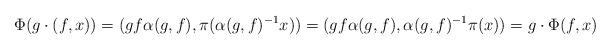
LaTeX: \begin{align*}\Phi(g \cdot (f,x))= (gf\alpha(g,f),\pi(\alpha(g,f)^{-1}x)) = (gf\alpha(g,f),\alpha(g,f)^{-1}\pi(x)) = g \cdot \Phi(f,x)\end{align*}